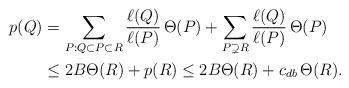
LaTeX: \begin{align*}p(Q) & = \sum_{P:Q\subset P\subset R} \frac{\ell(Q)}{\ell(P)}\,\Theta(P) + \sum_{P\supsetneq R} \frac{\ell(Q)}{\ell(P)}\,\Theta(P) \\& \leq 2B\Theta(R) + p(R) \leq 2B\Theta(R) + c_{db}\,\Theta(R).\end{align*}